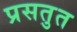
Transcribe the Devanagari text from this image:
प्रसतुत